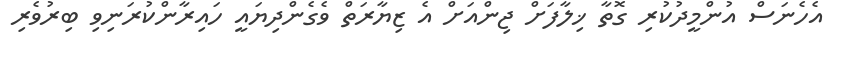
އެހެނަސް އުންމީދުކުރި ގޮތާ ޚިލާފަށް ޖިންއަށް އެ ޒިޔާރަތް ވެގެންދިޔައީ ހައިރާންކުރަނިވި ބިރުވެރި